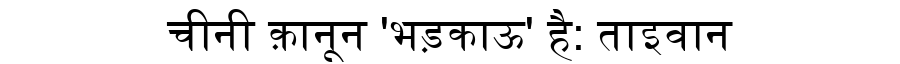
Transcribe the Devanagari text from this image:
चीनी क़ानून 'भड़काऊ' है: ताइवान